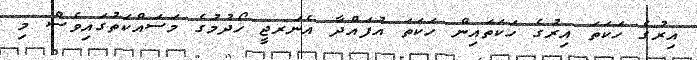
އިރުގެ ހަކަތަ އިރުގެ ހަކަތައިން ހަކަތަ އުފައްދާ އެނަރޖީ ހޯދުމުގެ މަސައްކަތުގައިވެސް މި